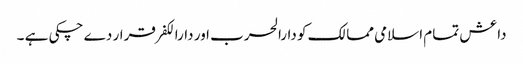
داعش تمام اسلامی ممالک کو دارالحرب اور دارالکفر قرار دے چکی ہے ۔